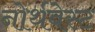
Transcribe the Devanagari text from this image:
नोर्थवेस्ट